Annual administration report of the Civil Veterinary Department of India - 1898-1899
Year: 1898
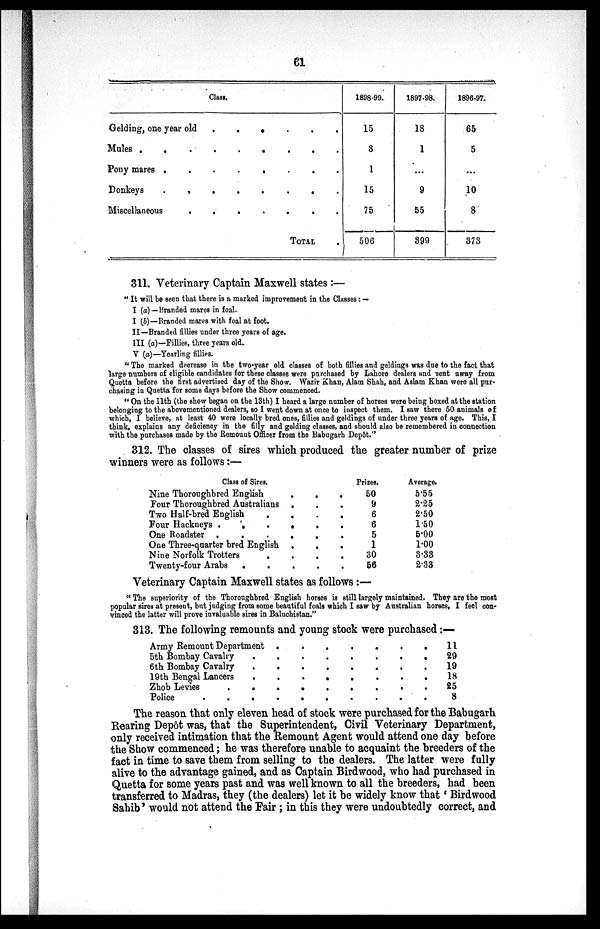
61
Class.
Gelding, one year old . . . . . .
Mules . . . . . . . .
Pony mares . . . . . . . .
Donkeys . . . . . . . .
Miscellaneous . . . . . . .
TOTAL .
1898-99.
15
3
1
15
75
506
1897-98.
18
1
...
9
55
399
1896-97.
65
5
...
10
8
373
311. Veterinary Captain Maxwell states:—
"It will be seen that there is a marked improvement in the Classes:—
I (a) — Branded mares in foal.
I (b)—Branded mares with foal at foot.
II—Branded fillies under three years of age.
III (a)—Fillies, three years old.
V (a)—Yearling fillies.
"The marked decrease in the two-year old classes of both fillies and geldings was due to the fact that
large numbers of eligible candidates for these classes were purchased by Lahore dealers and sent away from
Quetta before the first advertised day of the Show. Wazir Khan, Alam Shah, and Aslam Khan were all pur-
chasing in Quetta for some days before the Show commenced.
" On the 11th (the show began on the 13th) I heard a large number of horses were being boxed at the station
belonging to the abovementioned dealers, so I went down at once to inspect them. I saw there 50 animals of
which, I believe, at least 40 were locally bred ones, fillies and geldings of under three years of age. This, I
think, explains any deficiency in the filly and gelding classes, and should also be remembered in connection
with the purchases made by the Remount Officer from the Babugarh Depôt."
312. The classes of sires which produced the greater number of prize
winners were as follows:—
Class of Sires.
Nine Thoroughbred English . . .
Four Thoroughbred Australians. . .
Two Half-bred English . . . .
Four Hackneys . . . . . . .
One Roadster . . . . . .
One Three-qaarter bred English . . .
Nine Norfolk Trotters . . . .
Twenty-four Arabs . . . . .
Prizes.
50
9
6
6
5
1
30
56
Average.
5.55
2.25
2.50
1.50
5.00
1.00
3.33
2.33
Veterinary Captain Maxwell states as follows:—
"The superiority of the Thoroughbred English horses is still largely maintained. They are the most
popular sires at present, but judging from some beautiful foals which I saw by Australian horses, I feel con-
vinced the latter will prove invaluable sires in Baluchistan."
313. The following remounts and young stock were purchased:—
Army Remount Department . . . . . . .
5th Bombay Cavalry . . . . . . . . .
6th Bombay Cavalry . . . . . . . . .
19th Bengal Lancers . . . . . . . . .
Zhob Levies . . . . . . . . . .
Police . . . . . . . . . .
11
29
19
18
25
8
The reason that only eleven head of stock were purchased for the Babugarh
Rearing Depôt was, that the Superintendent, Civil Veterinary Department,
only received intimation that the Remount Agent would attend one day before
the Show commenced; he was therefore unable to acquaint the breeders of the
fact in time to save them from selling to the dealers. The latter were fully
alive to the advantage gained, and as Captain Birdwood, who had purchased in
Quetta for some years past and was well known to all the breeders, had been
transferred to Madras, they (the dealers) let it be widely know that 'Birdwood
Sahib' would not attend the Fair; in this they were undoubtedly correct, and